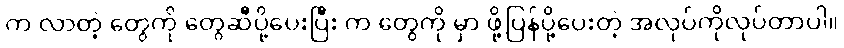
က လာတဲ့ တွေကို တွေဆီပို့ပေးပြီး က တွေကို မှာ ဖို့ပြန်ပို့ပေးတဲ့ အလုပ်ကိုလုပ်တာပါ။